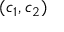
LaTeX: ( c _ { 1 } , c _ { 2 } )